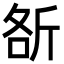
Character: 㪾